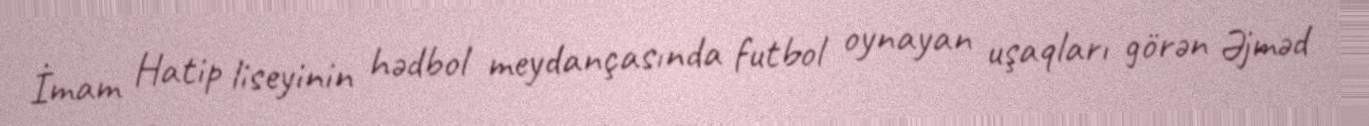
İmam Hatip liseyinin hədbol meydançasında futbol oynayan uşaqları görən Əjməd